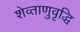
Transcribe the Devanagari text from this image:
शेव्ताणुवृद्धि